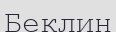
Беклин